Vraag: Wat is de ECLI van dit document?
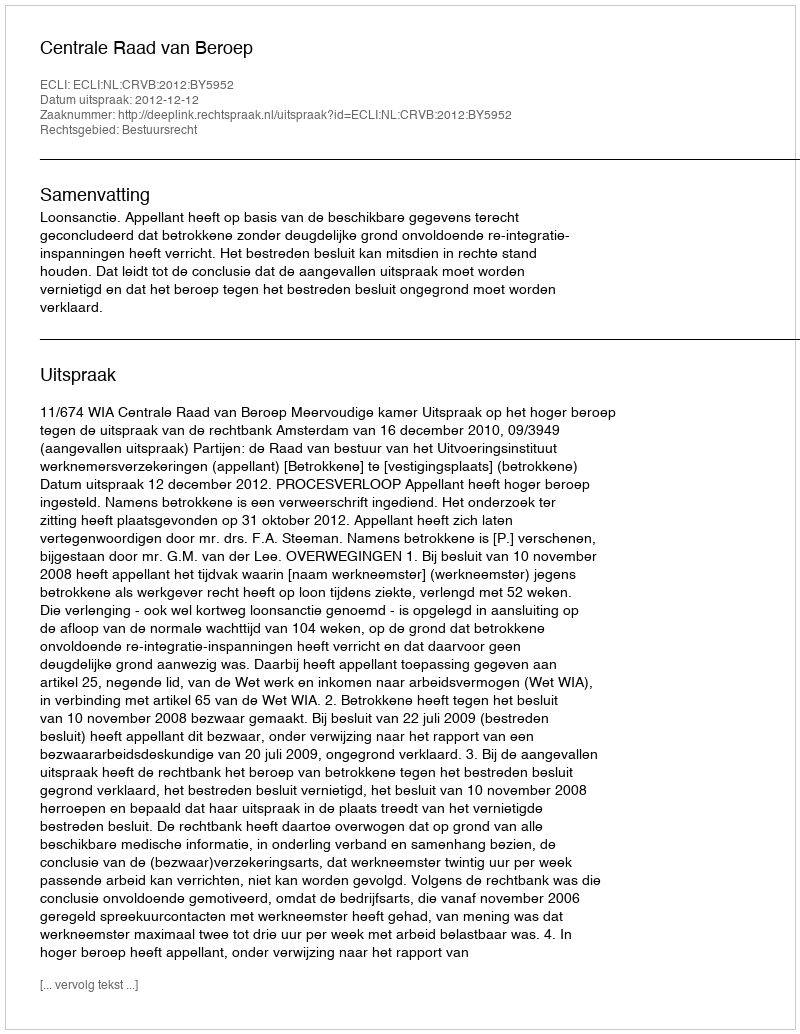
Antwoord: ECLI:NL:CRVB:2012:BY5952